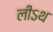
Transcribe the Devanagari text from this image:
लीऽथ